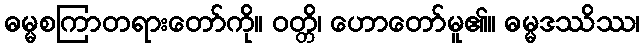
ဓမ္မစကြာတရားတော်ကို။ ဝတ္တိ၊ ဟောတော်မူ၏။ ဓမ္မဒဿိဿ၊